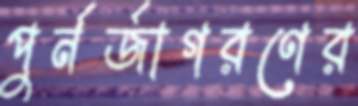
পুর্নর্জাগরণের